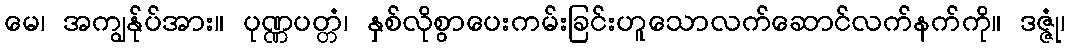
မေ၊ အကျွန်ုပ်အား။ ပုဏ္ဏပတ္တံ၊ နှစ်လိုစွာပေးကမ်းခြင်းဟူသောလက်ဆောင်လက်နက်ကို။ ဒဇ္ဇုံ၊